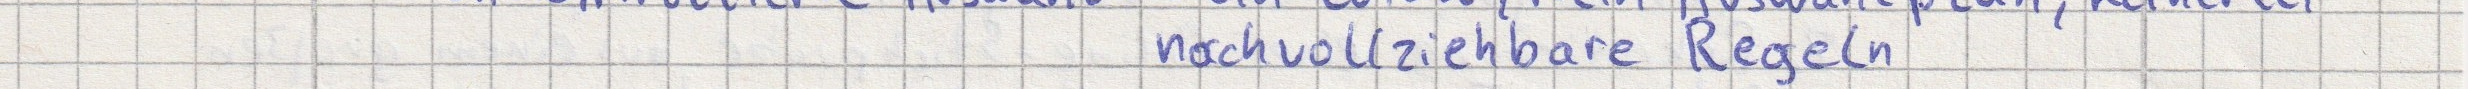
nachvollziehbare Regeln